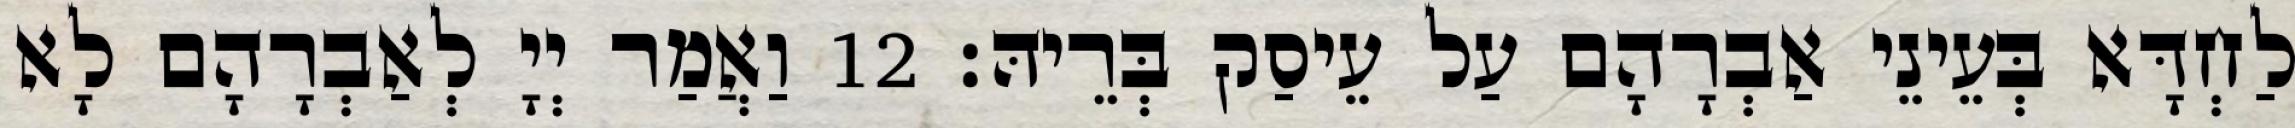
לַחְדָּא בְּעֵינֵי אַבְרָהָם עַל עֵיסַק בְּרֵיהּ׃ 12 וַאֲמַר יְיָ לְאַבְרָהָם לָא